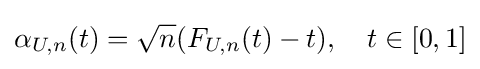
\alpha _{U,n}(t)={\sqrt {n}}(F_{U,n}(t)-t),\quad t\in [0,1]